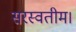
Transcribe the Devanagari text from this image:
सरस्वतीम।